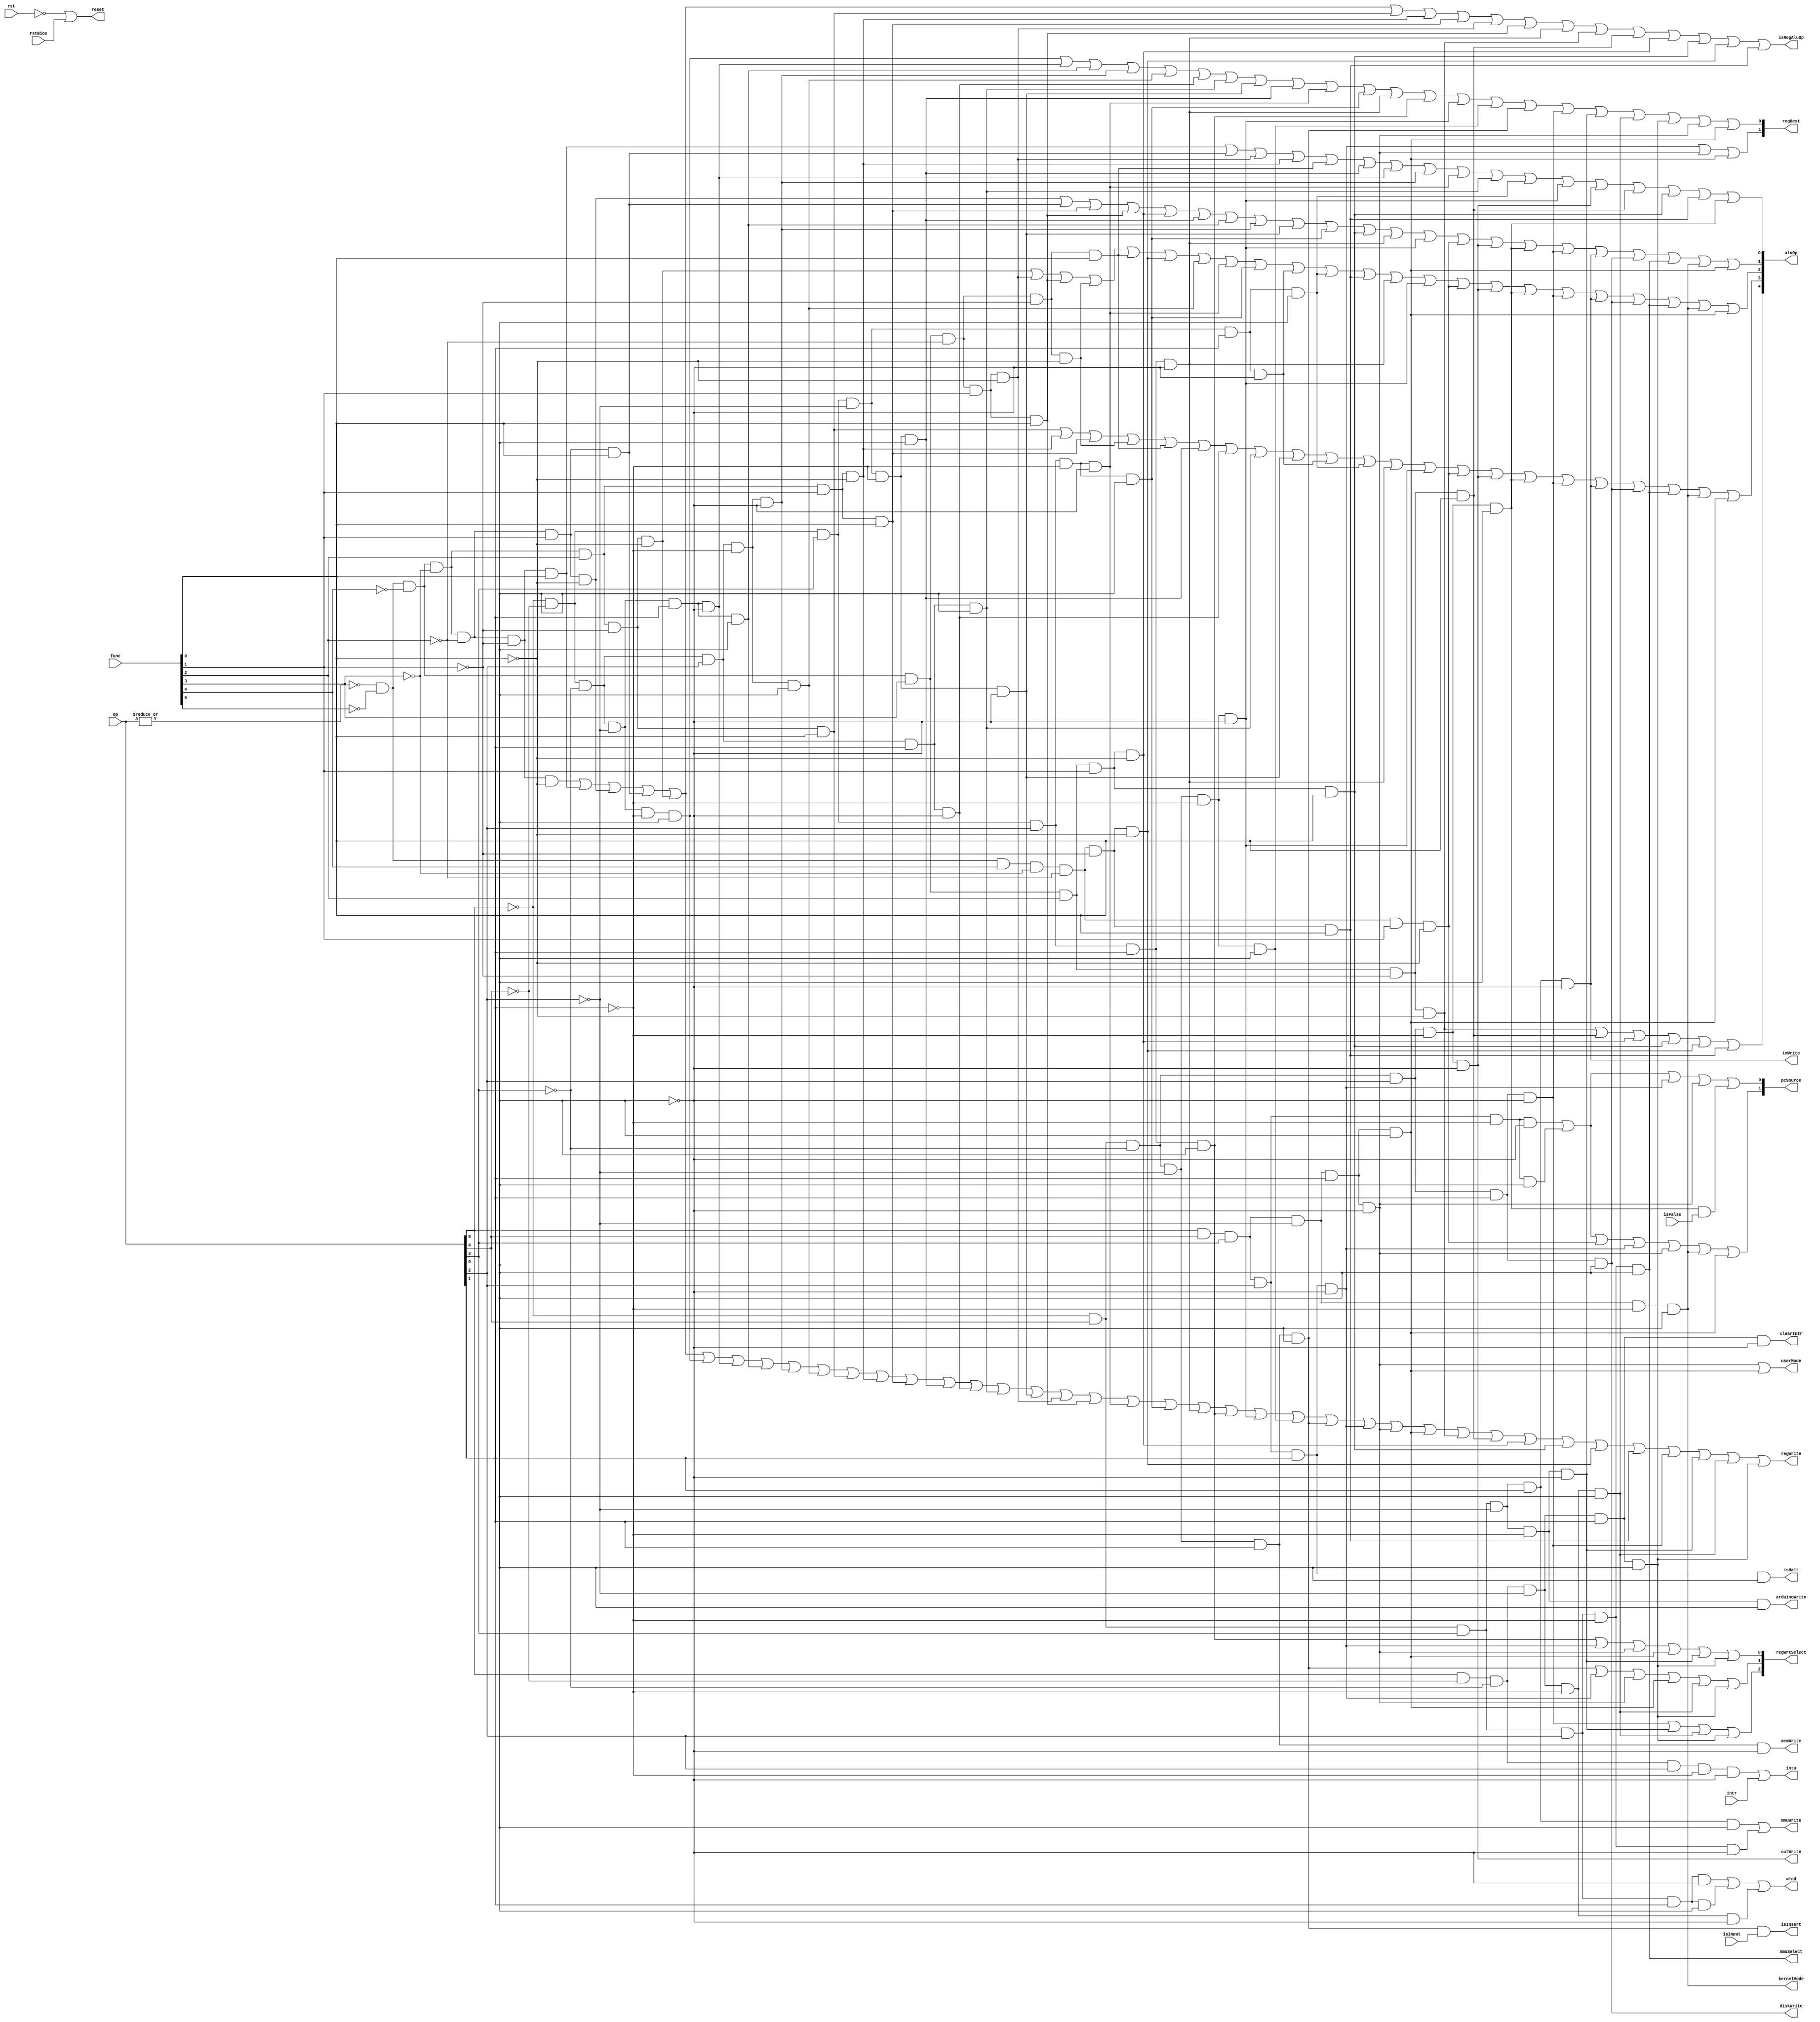
module unidade_de_controle(isFalse, isInput, intr, rst, rstBios, op, func, inta, regWrite, memWrite, imWrite, diskWrite, arduinoWrite, mmuWrite,
	mmuSelect, isRegAluOp, outWrite, isHalt, isInsert, wlcd, reset, userMode, kernelMode, clearIntr, regDest, pcSource, regWrtSelect, aluOp);
	
	// Entradas
	input isFalse;							// FLAG jump if false
	input isInput;
	input intr; 							// Interrupt Request
	input rst;
	input rstBios;
	input [5:0] op;						// Codigo da instrucao
	input [5:0] func;						// Espicificacao da instrucao
	
	// Controles
	output inta;							// Interrupt ack
	output regWrite;						// Sinal para habilitar escrita no banco de registradores
	output memWrite;						// Sinal para habilitar escrita na memria de dados
	output imWrite;						// Sinal para habilitar escrita na memoria de instrucoes
	output diskWrite;						// Sinal para habilitar escrita no disco rigido
	output arduinoWrite;					// Sinal para habilitar escrita no modulo do arduino
	output mmuWrite;						// Sinal para habilitar escrita na unidade de gerenciamento de memoria (MMU)
	output mmuSelect;						// Sinal para habilitar a troca do seletor na unidade de gerenciamento de memoria (MMU)
	output isRegAluOp;					// Sinal do multiplexador de entrada de dados da ULA, 1'b1 equivale a reg e 1'b0 a imm
	output outWrite;						// Sinal para habilitar a sada de dados
	output isHalt;							// HALT (LCD)
	output isInsert;						// INSERT (LCD e clock manual)
	output wlcd;							// Exibe um menu no display LCD
	output reset;
	output userMode;						// Modo de execuao do processador (USUARIO)
	output kernelMode;					// Modo de execuao do processador (KERNEL)
	output clearIntr;						// Limpa o codigo de interrupao armazenado no controlador de interrupao
	output [1:0] regDest;				// Sinal do multiplexador de escrita no banco de registradores
	output [1:0] pcSource;				// Seleciona a origem do PC
	output [2:0] regWrtSelect;
	output [4:0] aluOp;					// Sinal de controle da ULA
	
	// Declara wire
	// R Type
	wire rtype					= ~|op;	// 000000
	wire i_add					= rtype & ~func[5] & ~func[4] & ~func[3] & ~func[2] & ~func[1] & ~func[0];	// 000000
	wire i_sub					= rtype & ~func[5] & ~func[4] & ~func[3] & ~func[2] & ~func[1] & func[0];	// 000001
	wire i_mul					= rtype & ~func[5] & ~func[4] & ~func[3] & ~func[2] & func[1] & ~func[0];	// 000010
	wire i_div					= rtype & ~func[5] & ~func[4] & ~func[3] & ~func[2] & func[1] & func[0];	// 000011
	wire i_mod					= rtype & ~func[5] & ~func[4] & ~func[3] & func[2] & ~func[1] & ~func[0];	// 000100
	wire i_and					= rtype & ~func[5] & ~func[4] & ~func[3] & func[2] & ~func[1] & func[0];	// 000101
	wire i_or					= rtype & ~func[5] & ~func[4] & ~func[3] & func[2] & func[1] & ~func[0];	// 000110
	wire i_xor					= rtype & ~func[5] & ~func[4] & ~func[3] & func[2] & func[1] & func[0];		// 000111
	wire i_land					= rtype & ~func[5] & ~func[4] & func[3] & ~func[2] & ~func[1] & ~func[0];	// 001000
	wire i_lor					= rtype & ~func[5] & ~func[4] & func[3] & ~func[2] & ~func[1] & func[0];	// 001001
	wire i_sll					= rtype & ~func[5] & ~func[4] & func[3] & ~func[2] & func[1] & ~func[0];	// 001010
	wire i_srl					= rtype & ~func[5] & ~func[4] & func[3] & ~func[2] & func[1] & func[0];		// 001011
	wire i_eq					= rtype & ~func[5] & ~func[4] & func[3] & func[2] & ~func[1] & ~func[0];	// 001100
	wire i_ne					= rtype & ~func[5] & ~func[4] & func[3] & func[2] & ~func[1] & func[0];		// 001101
	wire i_lt					= rtype & ~func[5] & ~func[4] & func[3] & func[2] & func[1] & ~func[0];		// 001110
	wire i_let					= rtype & ~func[5] & ~func[4] & func[3] & func[2] & func[1] & func[0];		// 001111
	wire i_gt					= rtype & ~func[5] & func[4] & ~func[3] & ~func[2] & ~func[1] & ~func[0];	// 010000
	wire i_get					= rtype & ~func[5] & func[4] & ~func[3] & ~func[2] & ~func[1] & func[0];	// 010001
	wire i_jr					= rtype & ~func[5] & func[4] & ~func[3] & ~func[2] & func[1] & ~func[0];	// 010010 - opcode atrelado a [controlador_interrupcao.v]
	
	// I Type
	wire i_addi					= ~op[5] & ~op[4] & ~op[3] & ~op[2] & ~op[1] & op[0];		// 000001
	wire i_subi					= ~op[5] & ~op[4] & ~op[3] & ~op[2] & op[1] & ~op[0];		// 000010
	wire i_muli					= ~op[5] & ~op[4] & ~op[3] & ~op[2] & op[1] & op[0];		// 000011
	wire i_divi					= ~op[5] & ~op[4] & ~op[3] & op[2] & ~op[1] & ~op[0];		// 000100
	wire i_modi					= ~op[5] & ~op[4] & ~op[3] & op[2] & ~op[1] & op[0];		// 000101
	wire i_andi					= ~op[5] & ~op[4] & ~op[3] & op[2] & op[1] & ~op[0];		// 000110
	wire i_ori					= ~op[5] & ~op[4] & ~op[3] & op[2] & op[1] & op[0];		// 000111
	wire i_xori					= ~op[5] & ~op[4] & op[3] & ~op[2] & ~op[1] & ~op[0];		// 001000
	wire i_not					= ~op[5] & ~op[4] & op[3] & ~op[2] & ~op[1] & op[0];		// 001001
	wire i_landi				= ~op[5] & ~op[4] & op[3] & ~op[2] & op[1] & ~op[0];		// 001010
	wire i_lori					= ~op[5] & ~op[4] & op[3] & ~op[2] & op[1] & op[0];		// 001011
	wire i_slli					= ~op[5] & ~op[4] & op[3] & op[2] & ~op[1] & ~op[0];		// 001100
	wire i_srli					= ~op[5] & ~op[4] & op[3] & op[2] & ~op[1] & op[0];		// 001101
	wire i_mov					= ~op[5] & ~op[4] & op[3] & op[2] & op[1] & ~op[0];		// 001110
	wire i_lw					= ~op[5] & ~op[4] & op[3] & op[2] & op[1] & op[0];			// 001111
	wire i_li					= ~op[5] & op[4] & ~op[3] & ~op[2] & ~op[1] & ~op[0];		// 010000
	wire i_la					= ~op[5] & op[4] & ~op[3] & ~op[2] & ~op[1] & op[0];		// 010001
	wire i_sw					= ~op[5] & op[4] & ~op[3] & ~op[2] & op[1] & ~op[0];		// 010010
	wire i_in					= ~op[5] & op[4] & ~op[3] & ~op[2] & op[1] & op[0];		// 010011
	wire i_out					= ~op[5] & op[4] & ~op[3] & op[2] & ~op[1] & ~op[0];		// 010100
	wire i_jf					= ~op[5] & op[4] & ~op[3] & op[2] & ~op[1] & op[0];		// 010101 - opcode atrelado a [controlador_interrupcao.v]
	wire i_ldk					= ~op[5] & op[4] & ~op[3] & op[2] & op[1] & ~op[0];		// 010110
	wire i_sdk					= ~op[5] & op[4] & ~op[3] & op[2] & op[1] & op[0];			// 010111
	wire i_lam					= ~op[5] & op[4] & op[3] & ~op[2] & ~op[1] & ~op[0];		// 011000
	wire i_sam					= ~op[5] & op[4] & op[3] & ~op[2] & ~op[1] & op[0];		// 011001
	wire i_sim					= ~op[5] & op[4] & op[3] & ~op[2] & op[1] & ~op[0];		// 011010
	wire i_mmu_lower_im		= ~op[5] & op[4] & op[3] & ~op[2] & op[1] & op[0];			// 011011
	wire i_mmu_upper_im		= ~op[5] & op[4] & op[3] & op[2] & ~op[1] & ~op[0];		// 011100
	wire i_mmu_select			= ~op[5] & op[4] & op[3] & op[2] & ~op[1] & op[0];			// 011101
	wire i_lcd					= ~op[5] & op[4] & op[3] & op[2] & op[1] & ~op[0];			// 011110 - opcode atrelado a [LCD_Display.v]
	wire i_lcd_pgms			= ~op[5] & op[4] & op[3] & op[2] & op[1] & op[0];			// 011111 - opcode atrelado a [LCD_Display.v]
	wire i_lcd_curr			= op[5] & ~op[4] & ~op[3] & ~op[2] & ~op[1] & ~op[0];		// 100000 - opcode atrelado a [LCD_Display.v]
	wire i_gic					= op[5] & ~op[4] & ~op[3] & ~op[2] & ~op[1] & op[0];		// 100001
	wire i_cic					= op[5] & ~op[4] & ~op[3] & ~op[2] & op[1] & ~op[0];		// 100010
	wire i_gip					= op[5] & ~op[4] & ~op[3] & ~op[2] & op[1] & op[0];		// 100011
	wire i_pre_io				= op[5] & ~op[4] & ~op[3] & op[2] & ~op[1] & ~op[0];		// 100100
	
	/******************************** INICIO DOS OPCODES FIXOS ********************************/
	wire i_syscall				= op[5] & op[4] & op[3] & ~op[2] & ~op[1] & op[0];			// 111001 - opcode atrelado a [controlador_interrupcao.v; kernel.c]
	wire i_exec					= op[5] & op[4] & op[3] & ~op[2] & op[1] & ~op[0];			// 111010
	wire i_exec_again			= op[5] & op[4] & op[3] & ~op[2] & op[1] & op[0];			// 111011
	// J Type
	wire i_j						= op[5] & op[4] & op[3] & op[2] & ~op[1] & ~op[0];			// 111100 - opcode atrelado a [controlador_interrupcao.v]
	wire i_jtm					= op[5] & op[4] & op[3] & op[2] & ~op[1] & op[0];			// 111101 - opcode atrelado a [controlador_interrupcao.v; kernel.c]
	wire i_jal					= op[5] & op[4] & op[3] & op[2] & op[1] & ~op[0];			// 111110 - opcode atrelado a [controlador_interrupcao.v]
	wire i_halt					= op[5] & op[4] & op[3] & op[2] & op[1] & op[0];			// 111111 - opcode atrelado a [controlador_bios.v; bios.c; kernel.c]
	/******************************** FIM DOS OPCODES FIXOS ********************************/
	
	// Atribui controles do datapath
	assign inta					= i_pre_io | intr;
	assign regWrite			= i_add  | i_sub  | i_mul  | i_div  | i_mod  |
									i_addi | i_subi | i_muli | i_divi | i_modi |
									i_and  | i_or   | i_xor  | i_not	|
									i_andi | i_ori  | i_xori |
									i_sll  | i_srl  |
									i_slli | i_srli |
									i_mov  | i_lw   | i_li   | i_la   | i_in   |
									i_jal	| i_exec	|	i_exec_again |
									i_eq 	| i_ne	| i_lt	| i_let	| i_gt	| i_get |
									i_ldk	| i_lam	| i_gic	| i_gip;
	assign memWrite			= i_sw;
	assign imWrite				= i_sim;
	assign diskWrite			= i_sdk;
	assign arduinoWrite		= i_sam;
	assign mmuWrite			= i_mmu_lower_im | i_mmu_upper_im;
	assign mmuSelect			= i_mmu_select;
	assign isRegAluOp 		= i_add  | i_sub  | i_mul  | i_div  | i_mod  |
									i_and  | i_or   | i_xor  |
									i_sll  | i_srl  |
									i_mov 	|
									i_eq 	| i_ne	| i_lt	| i_let	| i_gt	| i_get;
	assign outWrite			= i_out;
	assign isHalt				= i_halt;
	assign isInsert			= i_in & isInput;
	assign wlcd					= i_lcd	| i_lcd_pgms	| i_lcd_curr;
	assign reset				= ~rst | rstBios;
	assign userMode			= i_exec	| i_exec_again;
	assign kernelMode			= i_syscall;
	assign clearIntr			= i_cic;
	assign regDest[0]			= i_addi | i_subi | i_muli | i_divi | i_modi |
										i_andi | i_ori  | i_xori | i_not	|
										i_slli | i_srli |
										i_mov  | i_lw   | i_li   | i_la   | i_in	|
										i_ldk	 |	i_lam	 | i_gic	 | i_gip	 | i_exec | i_exec_again;
	assign regDest[1]			= i_jal | i_exec	| i_exec_again;
	assign pcSource[0]		= i_j		|	i_jtm	| 	i_jal	| i_exec | i_jf & isFalse;
	assign pcSource[1]		= i_j		| 	i_jtm	|	i_jr	| i_jal	| i_exec	| i_syscall | i_exec_again;
	assign regWrtSelect[0] 	= i_lw | i_jal | i_exec	| i_exec_again	| i_lam	| i_gip;
	assign regWrtSelect[1]	= i_in | i_jal | i_exec	| i_exec_again	| i_gic	| i_gip;
	assign regWrtSelect[2]	= i_ldk	| i_lam	| i_gic	| i_gip;
	assign aluOp[0]			= i_sub	| i_div	| i_sll	| i_or	| i_lor	| i_not	|
									i_subi | i_divi	| i_slli	| i_ori	| i_lori	|
									i_li	| i_out	|
									i_ne	| i_let	| i_get	| i_jf;
	assign aluOp[1]			= i_mul	| i_div	| i_xor	| i_srl	| i_lt	| i_not	|
									i_muli	| i_divi	| i_xori | i_srli	| i_let	|
									i_mov	| i_li	| i_jr	| i_out	| i_jf	|
									i_ldk	| i_sim	|	i_sdk	| i_mmu_select	| i_syscall	| i_exec_again;
	assign aluOp[2]			= i_mod	| i_sll	| i_srl	| i_land	| i_lor	| i_gt  	|
									i_modi	| i_slli	| i_srli	| i_landi| i_lori | i_get 	|
									i_mov	| i_li	| i_jr	| i_out	| i_jf	|
									i_ldk	| i_sim	|	i_sdk	| i_mmu_select	| i_syscall	| i_exec_again;
	assign aluOp[3]			= i_and	| i_or	| i_xor	| i_land	| i_lor	| i_not	|
									i_andi | i_ori  | i_xori | i_landi| i_lori |
									i_mov  | i_li	| i_jr	| i_out	| i_jf	|
									i_ldk	| i_sim	|	i_sdk	| i_mmu_select	| i_syscall	| i_exec_again;
	assign aluOp[4]			= i_eq 	| i_ne	| i_lt	| i_let	| i_gt	| i_get;
endmodule